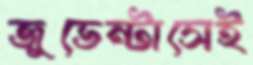
জুভেন্টাসেই